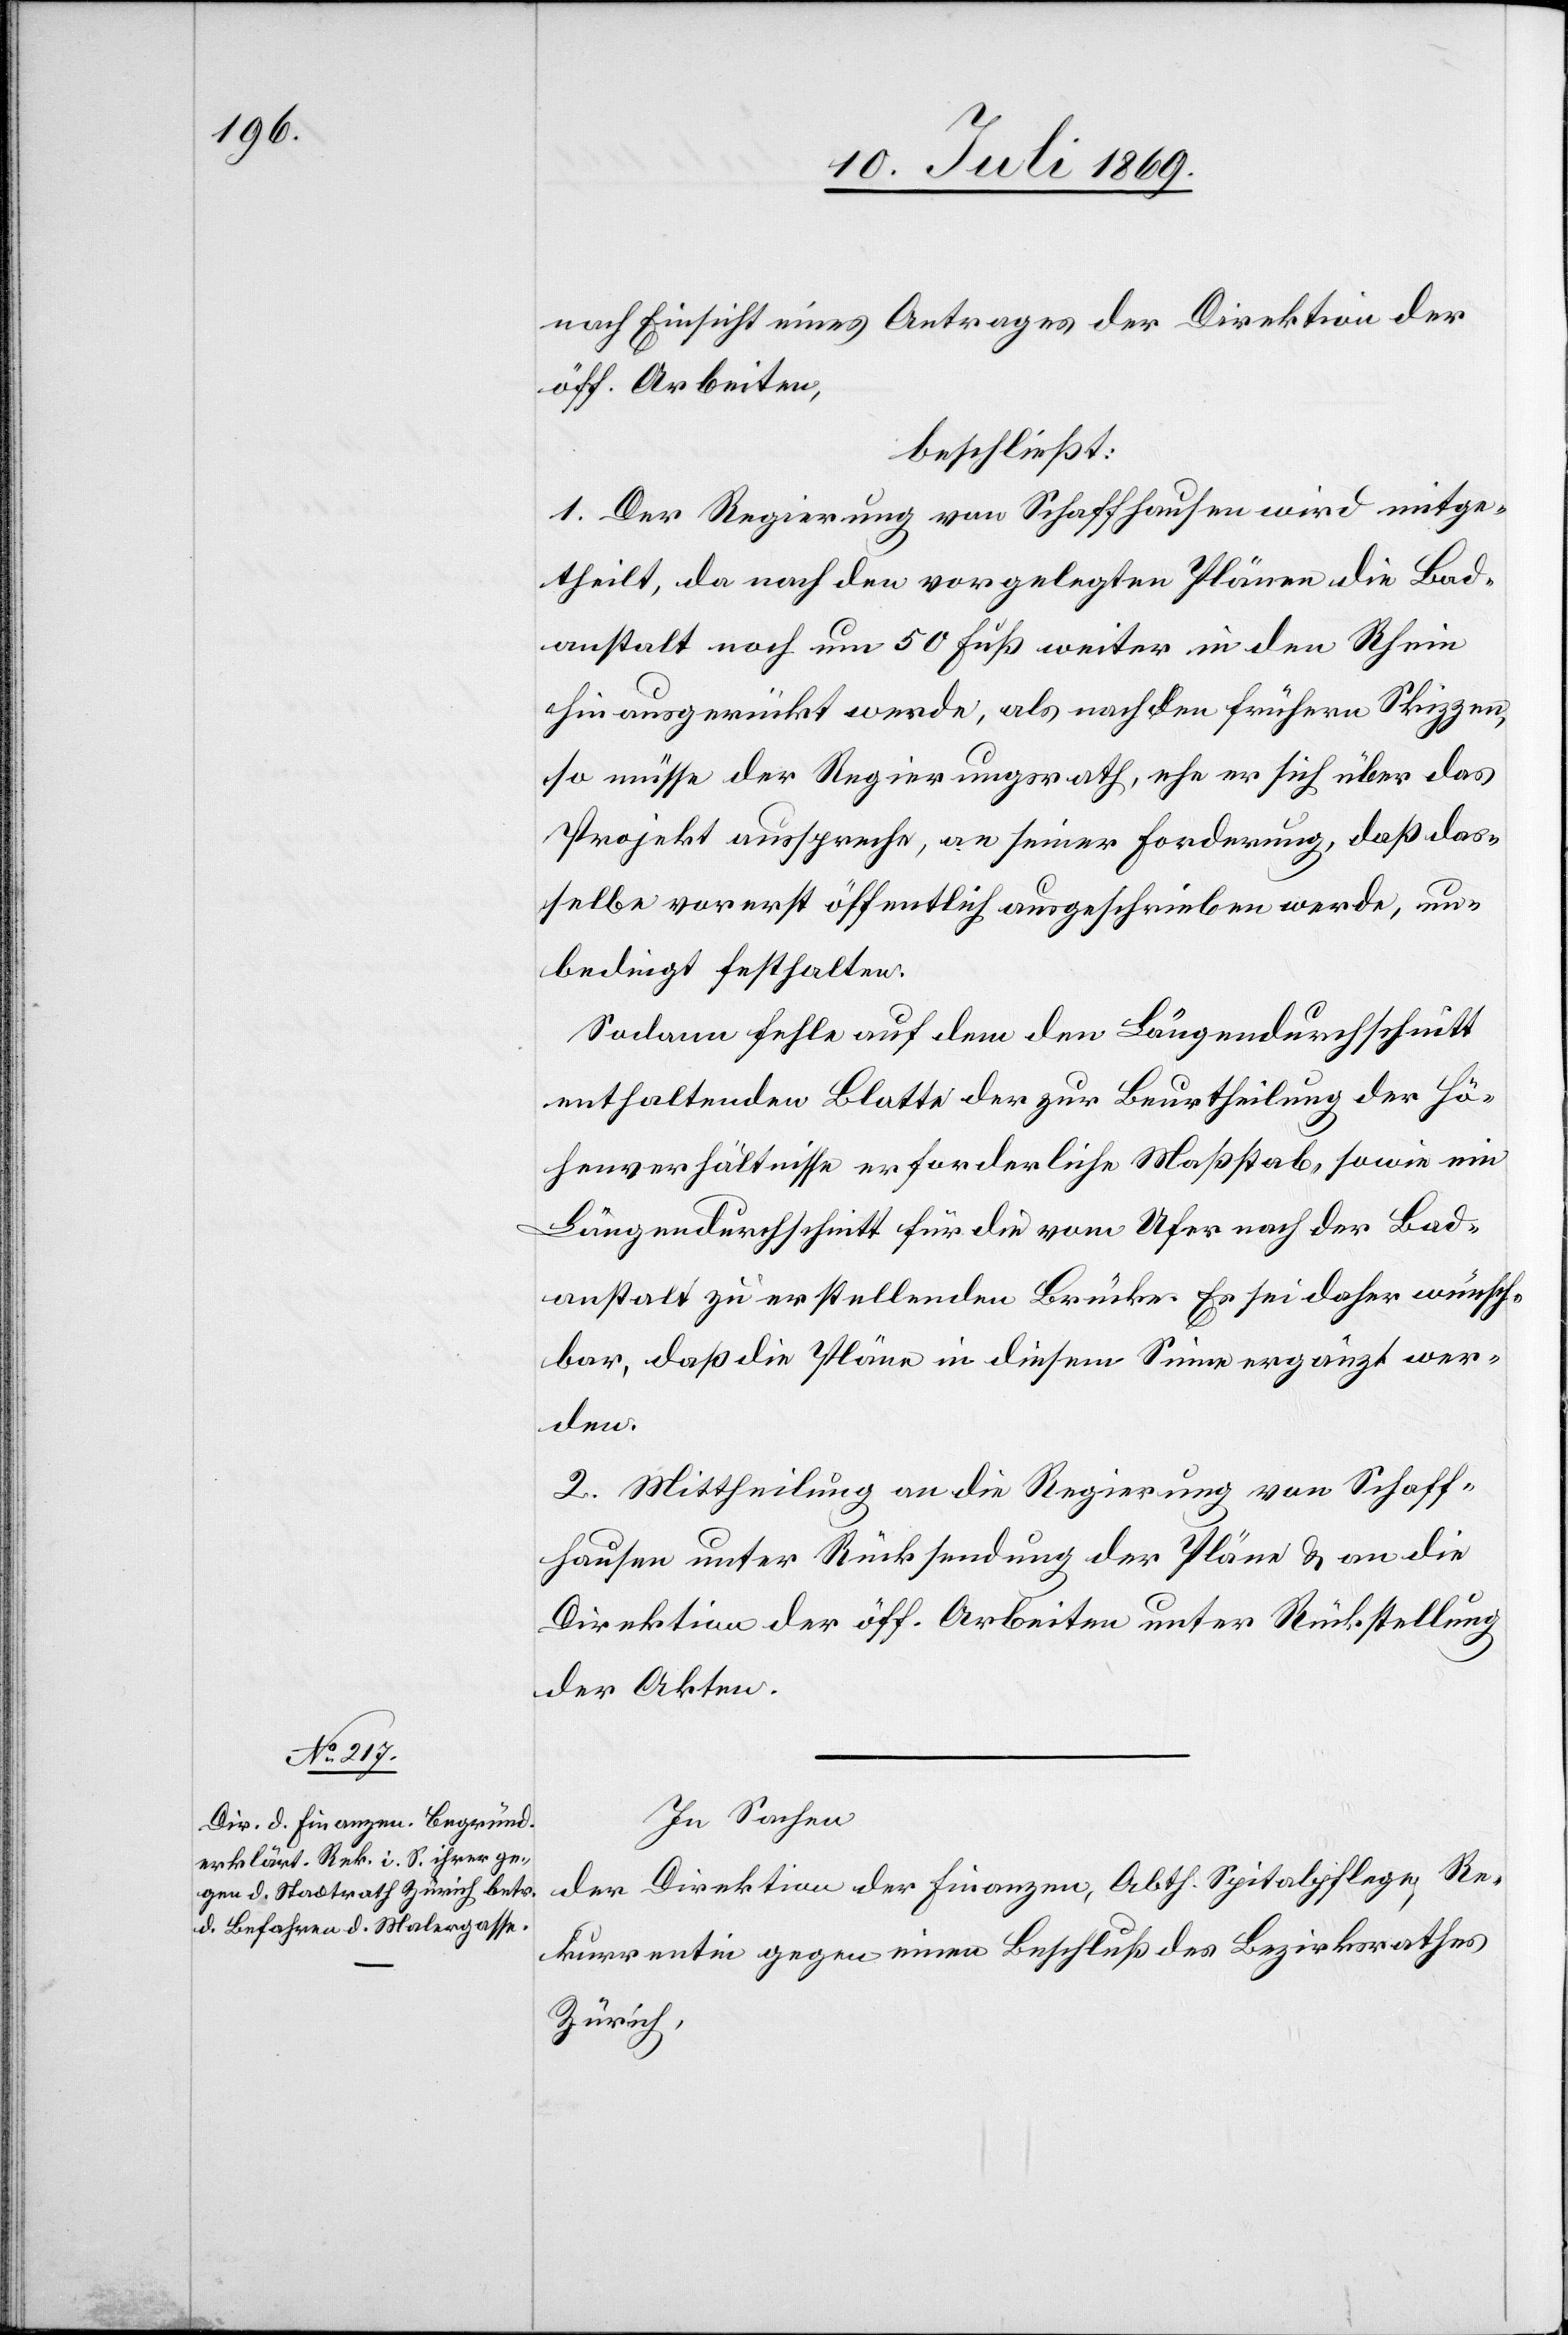
nach Einsicht eines Antrages der Direktion der
öff. Arbeiten,
beschließt:
1. Der Regierung von Schaffhausen wird mitge¬
theilt, da nach den vorgelegten Plänen die Bad¬
anstalt noch um 50 Fuß weiter in den Rhein
hin ausgerückt werde, als nach den frühern Skizzen,
so müsse der Regierungsrath, ehe er sich über das
Projekt ausspreche, an seiner Forderung, daß das¬
selbe vorerst öffentlich ausgeschrieben werde, un¬
bedingt festhalten.
Sodann fehle auf dem den Längendurchschnitt
enthaltenden Blatte der zur Beurtheilung der Hö¬
henverhältnisse erforderliche Maßstab, sowie ein
Längendurchschnitt für die vom Ufer nach der Bad¬
anstalt zu erstellenden Brücke. Es sei daher wünsch¬
bar, daß die Pläne in diesem Sinne ergänzt wer¬
den.
2. Mittheilung an die Regierung von Schaff¬
hausen unter Rücksendung der Pläne u. an die
Direktion der öff. Arbeiten unter Rückstellung
der Akten.
In Sachen
der Direktion der Finanzen, Abth. Spitalpflege, Re¬
kurrentin gegen einen Beschluß des Bezirksrathes
Zürich,